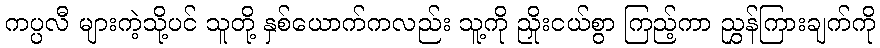
ကပ္ပလီ များကဲ့သို့ပင် သူတို့ နှစ်ယောက်ကလည်း သူ့ကို ညှိုးငယ်စွာ ကြည့်ကာ ညွှန်ကြားချက်ကို